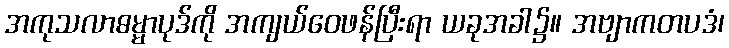
အကုသလာဓမ္မာပုဒ်ကို အကျယ်ဝေဖန်ပြီးရာ ယခုအခါ၌။ အဗျာကတပဒံ၊